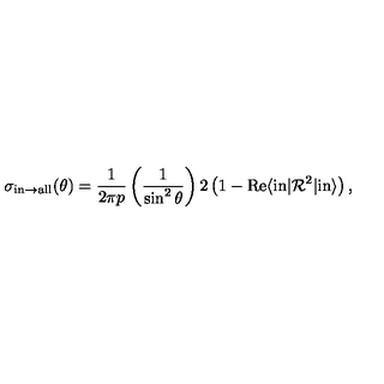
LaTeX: \sigma _ { \mathrm { i n } \to \mathrm { a l l } } ( \theta ) = { \frac { 1 } { 2 \pi p } } \left( { \frac { 1 } { \sin ^ { 2 } { \theta } } } \right) 2 \left( 1 - \mathrm { R e } \langle \mathrm { i n } | { \cal R } ^ { 2 } | \mathrm { i n } \rangle \right) ,